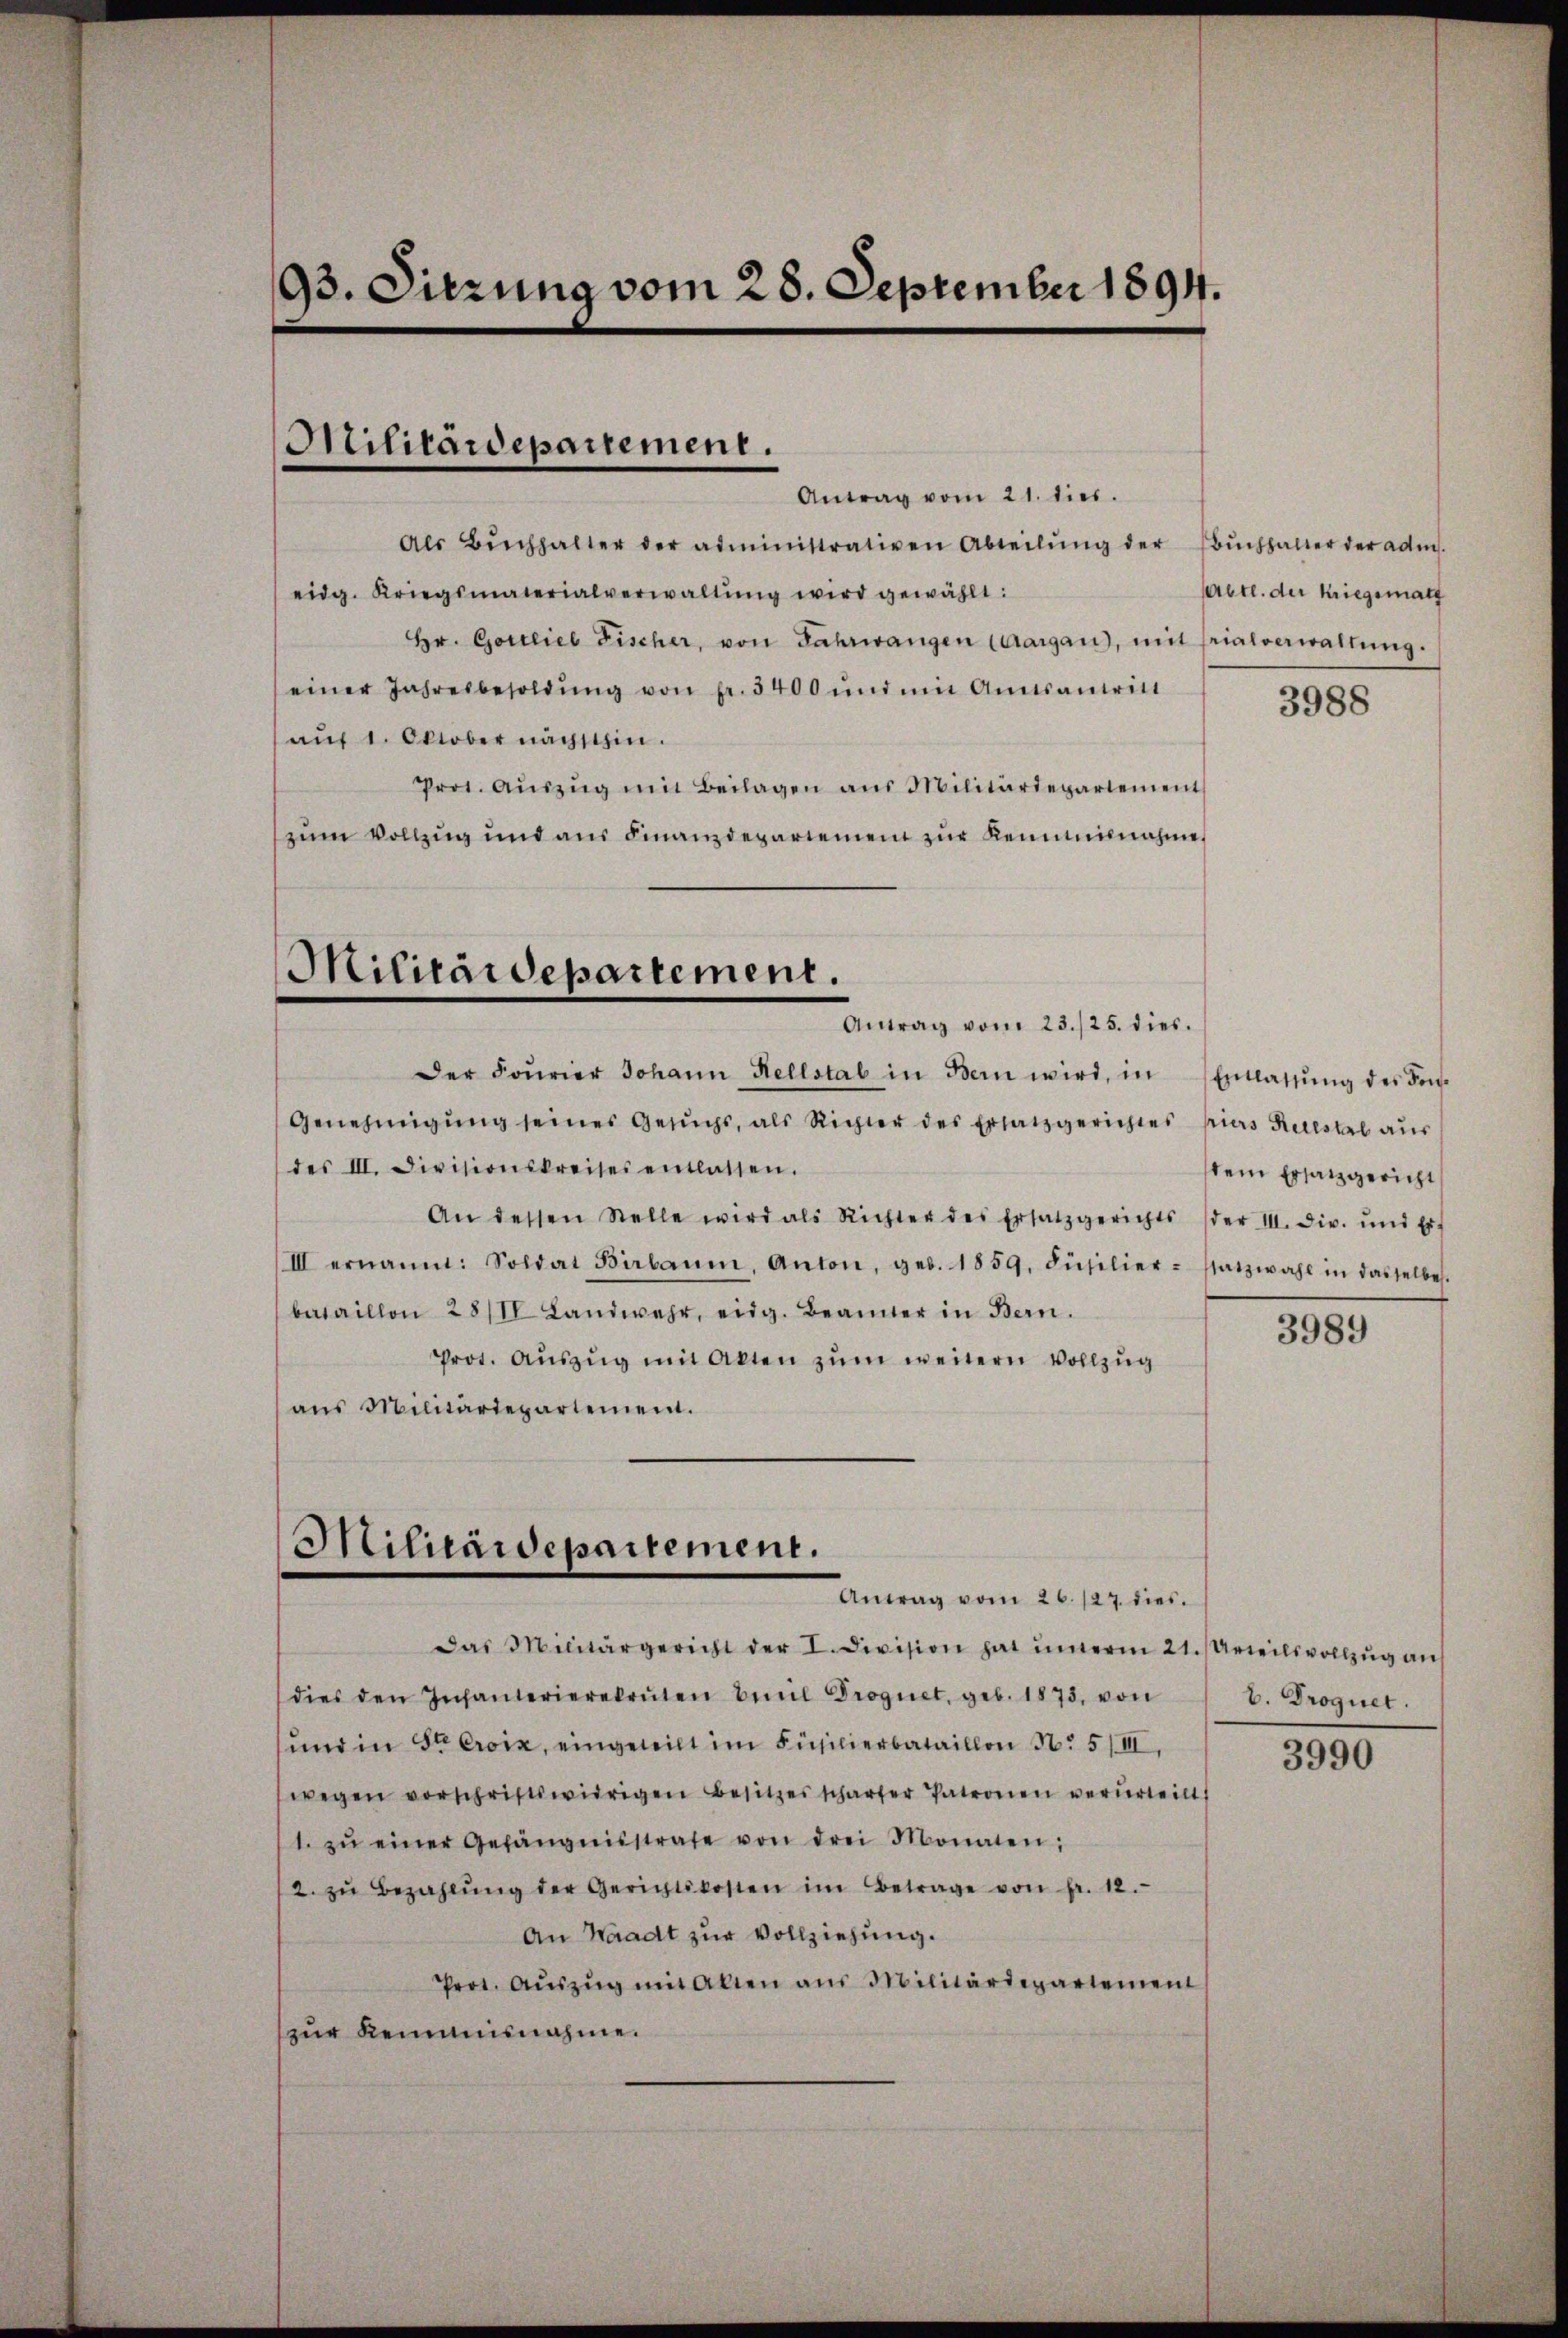
93. Sitzung vom 28. September 1894.

Antrag vom 21. dies
Als Buchhalter der administrativen Abteilŭng der Bŭchhalter der adm
eidg. Kriegsmaterialverwaltŭng wird gewählt:
Hr. Gottlieb Fischer, von Fahrwangen Caargau), mit srialverwaltŭng.
einer Jahresbesoldŭng von Fr. 5400 und mit Amtsantritt
auf 1. Oktober nächsthin.
Prot. Aŭszŭg mit Beilagen aus Militärdepartement
zŭm Vollzug und aus Finanzdepartemen zŭr Kenntnisnahme,

Militärdepartement.

Militärdepartement.
Antrag vom 23./25. dies

Der Fourier Johann Kellstab in Bern wird, in Entlassŭng des Kon-
Genehmigŭng seines Gesŭchs, als Richter des Ersatzgerichtes pias Kuestal aŭs
des III. Divisionskreises entlassen.
An dessen Stelle wird als Richter des Ersatzgerichts (der II. Dir. und Erf
III ernannt: Soldat Birbaum, Anton, geb. 1859, Füsilier-Statzwahl in dasselbe.
bataillon 28/II Landwehr, eidg. Beamter in Bern.
Prot. Aŭszŭg mit Akten zum weitern Vollzug
ans Militärdepartement.

Militärdepartement.
Antrag vom 26. 127. dies

Das Militärgericht der I. Division hat innerm 21. (Urteilsvollzŭg aŭf
dies den Infanterierekruten beil Prognet, geb. 1873, von
und in St. Croix, eingeteilt im Füsilierbataillon N. 5/III
wegen vorschriftswidrigen Besitzesschärfer Patronen verurteilt,
1. zŭ einer Gefängnisstrate von drei Monaten;
/2. zŭ bezahlŭng der Gerichtskosten im Betrage von fr. 12.
An Waadt zur Vollziehung.
Prot. Aŭszŭg mit Akten aus Militärdepartement
zur Keimisnahme.

Prett. der Kriegsmath

3988

stem Ersatzgericht

3989

b. Droguet.

3990